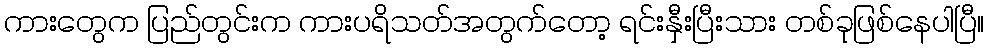
ကားတွေက ပြည်တွင်းက ကားပရိသတ်အတွက်တော့ ရင်းနှီးပြီးသား တစ်ခုဖြစ်နေပါပြီ။